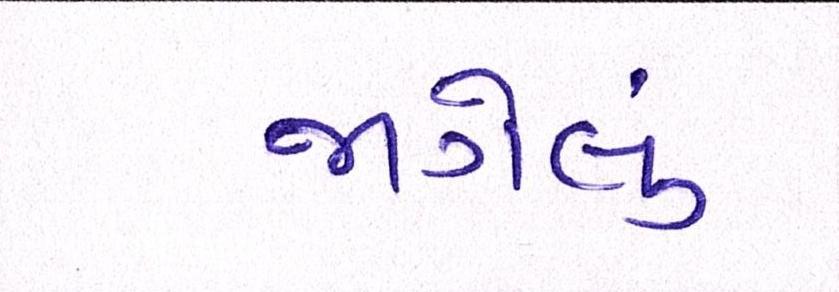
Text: જાગેલું